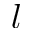
l